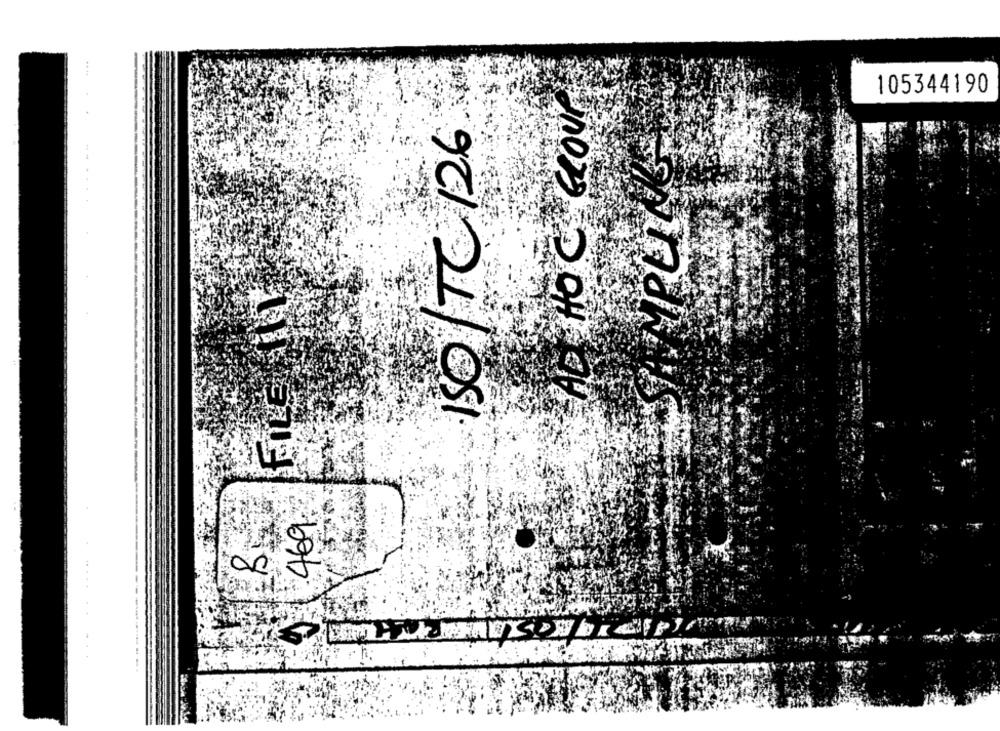
105344190
ISO/TC 126
non OH au
469
00